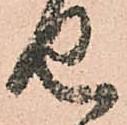
せ